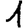
Digit: 1